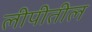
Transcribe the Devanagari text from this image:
लीपीतील